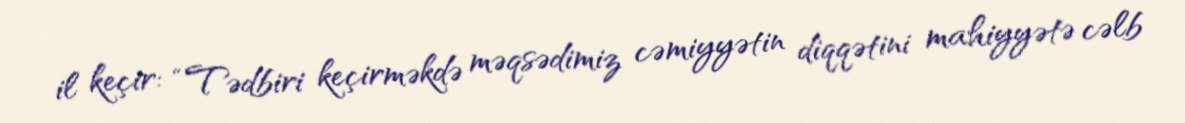
il keçir: “Tədbiri keçirməkdə məqsədimiz cəmiyyətin diqqətini mahiyyətə cəlb